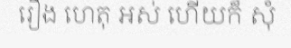
រឿង ហេតុ អស់ ហើយក៏ សុំ